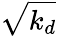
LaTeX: \sqrt{k_{d}}